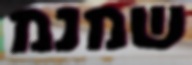
שמנמ